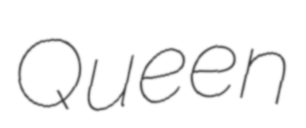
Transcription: Queen